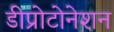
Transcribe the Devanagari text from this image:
डीप्रोटोनेशन